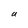
Character: U